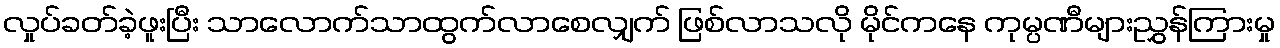
လှုပ်ခတ်ခဲ့ဖူးပြီး သာလောက်သာထွက်လာစေလျှက် ဖြစ်လာသလို မိုင်ကနေ ကုမ္ပဏီများညွှန်ကြားမှု